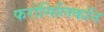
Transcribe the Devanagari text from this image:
फरोसिलिकॉन